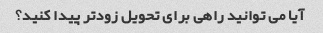
آیا می توانید راهی برای تحویل زودتر پیدا کنید؟